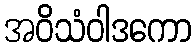
အဝိသံဝါဒကော